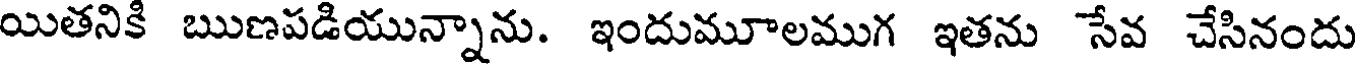
యితనికి ఋణపడియున్నాను. ఇందుమూలముగ ఇతను సేవ చేసినందు